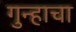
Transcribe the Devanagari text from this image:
गुन्हाचा